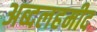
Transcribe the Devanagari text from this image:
अब्दलहमीद